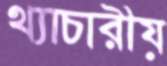
থ্যাচারীয়